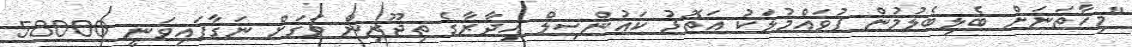
"މިހާތަނަށް ބެލިބެލުމުން ފުވައްމުލަކު އަތޮޅު ކައުންސިލް އިދާރާގެ ތިޖޫރިން ވަގަށް ނަގާފައިވަނީ 58000